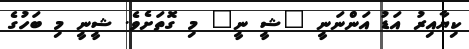
ކިޔާއިރު އަޑު އަންނަނީ "ޝީ ނީ" މި ގޮތަށެވެ. ޝީނީ މި ބަހުގެ